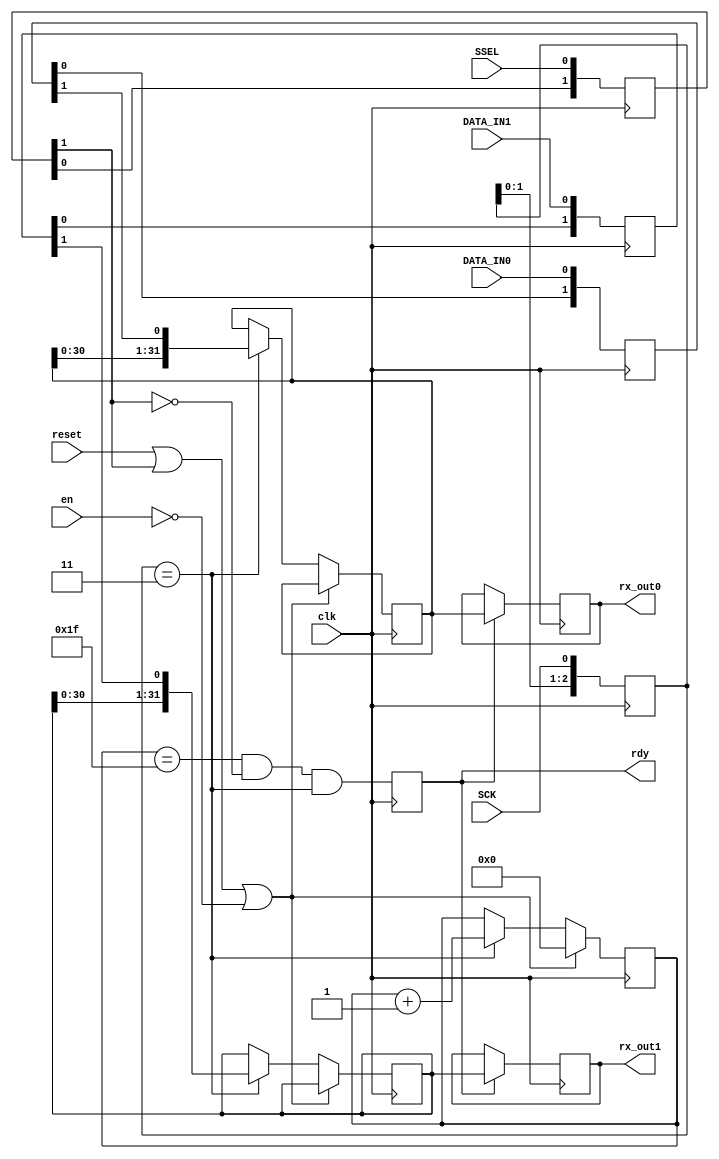
`timescale 1ns / 1ps
`default_nettype none

//////////////////////////////////////////////////////////////////////////////////
// Company: USC
// 
// Modified: S
// Design Name: 
// Module Name:    spi_slave 
// Project Name: 
// Target Devices: XS6
// Tool versions: 
// Description: 
//
// Dependencies: 
//
// Revision: 
// Revision 0.01 - File Created
// Additional Comments: 
//
//////////////////////////////////////////////////////////////////////////////////
module spi_slave(
    input wire reset,
    input wire en,
    input wire DATA_IN0,
	 input wire DATA_IN1,
    input wire SCK,
    input wire SSEL,
	 input wire clk,
    // input [31:0] data32,   //added feb03
	 
    //output MISO,
    output wire [31:0] rx_out0,
	 output wire [31:0] rx_out1,
    output wire rdy
    );

	//define wires and regs
	reg [2:0] SCKr;
	wire SCK_risingedge, SCK_fallingedge;
	
	reg [2:0] SSELr;
	wire SSEL_active, SSEL_startmessage;
	//wire SSEL_endmessage;
	
	reg [1:0] MOSIr_0, MOSIr_1;
	wire MOSI_data_0, MOSI_data_1;
	
	//counts 32 bits - need 5-bit counter
	reg [4:0] bitcnt = 5'b00000;
	
	reg [31:0] data_sent = 32'hF0F0F0;
	reg [31:0] data_received_internal_0 =0, data_received_0 =0;
	reg [31:0] data_received_internal_1 =0, data_received_1 =0;
	reg rdy_internal =0;
	
	
	//some combination logics
	assign SCK_risingedge = (SCKr[2:0] == 3'b011);
	assign SCK_fallingedge = (SCKr[2:0] == 3'b100);
	assign SSEL_startmessage = (SSELr[2:0] == 3'b100);
	//assign SSEL_endmessage = (SSELr[2:0] == 3'b011);
	assign SSEL_active = ~SSELr[1];	//SSEL active low
	
	assign MOSI_data_0 = MOSIr_0[1];
	assign MOSI_data_1 = MOSIr_1[1];
	
	
	always @ (negedge clk)
		begin
			//keep track of SPI signals
			SCKr <= {SCKr[1:0], SCK};
			SSELr <= {SSELr[1:0], SSEL};
			MOSIr_0 <= {MOSIr_0[0], DATA_IN0};
			MOSIr_1 <= {MOSIr_1[0], DATA_IN1};
		end
	
	//******************************************************//
	//DATA_IN
	//******************************************************//
	always @ (posedge clk)
		begin
			if(reset || ~SSEL_active || ~en)
				begin
					bitcnt <= 5'b00000;
					rdy_internal <= 0;
				end
			else
				if(SCK_risingedge)
				begin
					bitcnt <= bitcnt + 5'b00001;
					//shift-left reg (MSB --> LSB)
					data_received_internal_0 <= {data_received_internal_0[30:0], MOSI_data_0};
					data_received_internal_1 <= {data_received_internal_1[30:0], MOSI_data_1};
				end	
				
			rdy_internal <= (bitcnt ==5'b11111) &&SSEL_active &&SCK_risingedge;
            if(rdy_internal) begin
                data_received_0 <= data_received_internal_0;
					 data_received_1 <= data_received_internal_1;
			   end
		end
		
	assign rdy = rdy_internal;
	
	
	//******************************************************//
	//MISO
	//******************************************************//
	reg [31:0] ack = 0;
	always @ (posedge clk) 
        begin 
            if(SSEL_startmessage) ack <= ack+1;	//just ack with cnt
            else if(reset) ack <= 0;
        end
//    
//	always @ (posedge clk)
//		if(SSEL_active)
//			begin
//				if(SSEL_startmessage)
//					data_sent <=data32;
//				else
//					if(SCK_fallingedge)
//					begin
//						if(bitcnt==5'b00000)
//							data_sent <= 32'h00000000;
//						else
//							data_sent <= {data_sent[30:0], 1'b0};
//					end
//			end
	
	//assign MISO = data_sent[31];  // send MSB first
	assign rx_out0 = data_received_0;
	assign rx_out1 = data_received_1;



endmodule